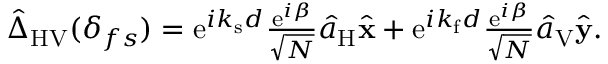
\begin{array} { r } { \hat { \Delta } _ { \mathrm { H V } } ( \delta _ { f s } ) = \mathrm { e } ^ { i k _ { \mathrm { s } } d } \frac { \mathrm { e } ^ { i \beta } } { \sqrt { N } } \hat { a } _ { \mathrm { H } } \hat { \bf x } + \mathrm { e } ^ { i k _ { \mathrm { f } } d } \frac { \mathrm { e } ^ { i \beta } } { \sqrt { N } } \hat { a } _ { \mathrm { V } } \hat { \bf y } . } \end{array}